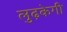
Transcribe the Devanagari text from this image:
लुढ़केगी